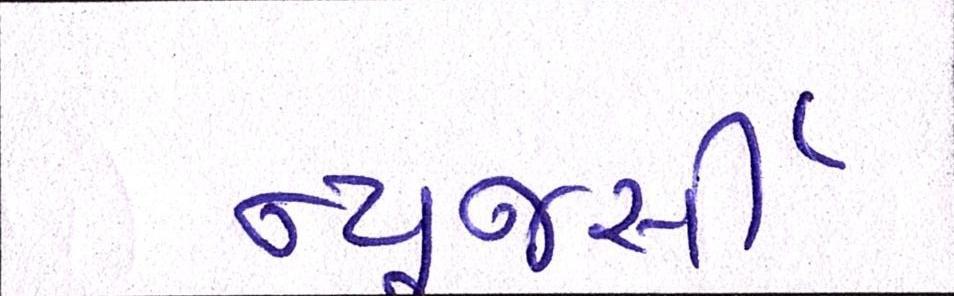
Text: ન્યૂજર્સી